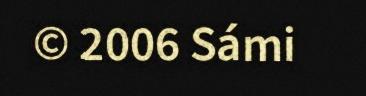
© 2006 Sámi